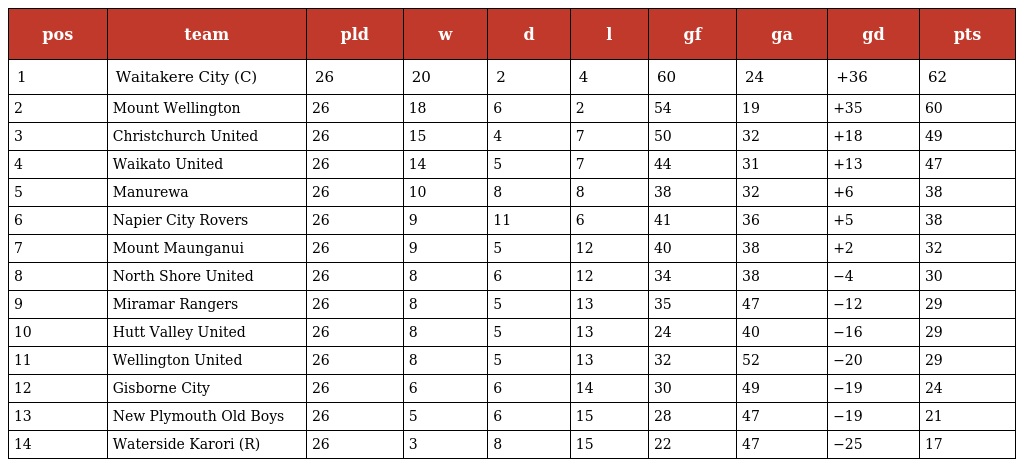
| pos | team | pld | w | d | l | gf | ga | gd | pts |
 | --- | --- | --- | --- | --- | --- | --- | --- | --- | --- |
 | 1 | Waitakere City (C) | 26 | 20 | 2 | 4 | 60 | 24 | +36 | 62 |
 | 2 | Mount Wellington | 26 | 18 | 6 | 2 | 54 | 19 | +35 | 60 |
 | 3 | Christchurch United | 26 | 15 | 4 | 7 | 50 | 32 | +18 | 49 |
 | 4 | Waikato United | 26 | 14 | 5 | 7 | 44 | 31 | +13 | 47 |
 | 5 | Manurewa | 26 | 10 | 8 | 8 | 38 | 32 | +6 | 38 |
 | 6 | Napier City Rovers | 26 | 9 | 11 | 6 | 41 | 36 | +5 | 38 |
 | 7 | Mount Maunganui | 26 | 9 | 5 | 12 | 40 | 38 | +2 | 32 |
 | 8 | North Shore United | 26 | 8 | 6 | 12 | 34 | 38 | −4 | 30 |
 | 9 | Miramar Rangers | 26 | 8 | 5 | 13 | 35 | 47 | −12 | 29 |
 | 10 | Hutt Valley United | 26 | 8 | 5 | 13 | 24 | 40 | −16 | 29 |
 | 11 | Wellington United | 26 | 8 | 5 | 13 | 32 | 52 | −20 | 29 |
 | 12 | Gisborne City | 26 | 6 | 6 | 14 | 30 | 49 | −19 | 24 |
 | 13 | New Plymouth Old Boys | 26 | 5 | 6 | 15 | 28 | 47 | −19 | 21 |
 | 14 | Waterside Karori (R) | 26 | 3 | 8 | 15 | 22 | 47 | −25 | 17 |